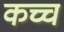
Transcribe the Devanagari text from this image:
कच्च